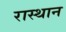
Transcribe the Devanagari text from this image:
रास्थान